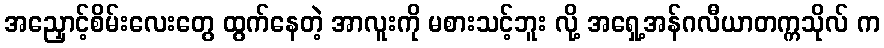
အညှောင့်စိမ်းလေးတွေ ထွက်နေတဲ့ အာလူးကို မစားသင့်ဘူး လို့ အရှေ့အန်ဂလီယာတက္ကသိုလ် က